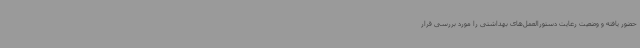
حضور یافته و وضعیت رعایت دستورالعمل‌های بهداشتی را مورد بررسی قرار